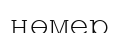
нөмер